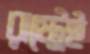
রাষ্ট্রেই